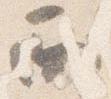
西